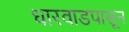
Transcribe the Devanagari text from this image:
धारवाडपासून